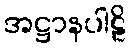
အဋ္ဌာနပါဠိ